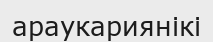
араукариянікі